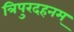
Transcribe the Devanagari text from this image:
त्रिपुरदहनम्